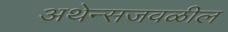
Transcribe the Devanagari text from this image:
अथेन्सजवळील